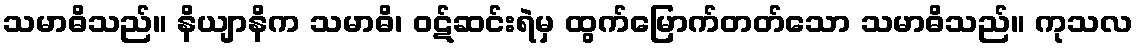
သမာဓိသည်။ နိယျာနိက သမာဓိ၊ ဝဋ်ဆင်းရဲမှ ထွက်မြောက်တတ်သော သမာဓိသည်။ ကုသလ